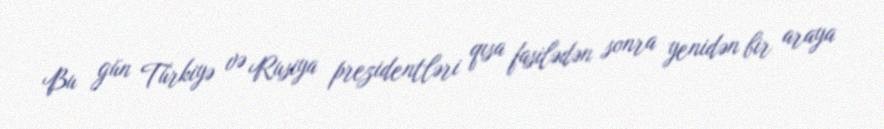
Bu gün Türkiyə və Rusiya prezidentləri qısa fasilədən sonra yenidən bir araya